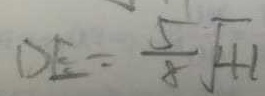
D E = \frac { 5 } { 8 } \sqrt { 4 1 }